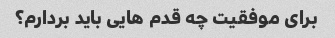
برای موفقیت چه قدم هایی باید بردارم؟